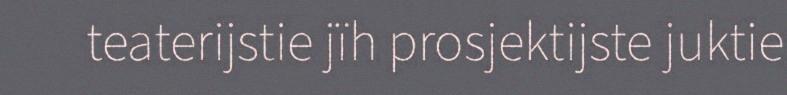
teaterijstie jïh prosjektijste juktie